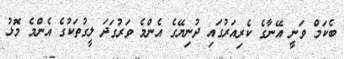
ބެކަމް ވަނީ އޭނާގެ ކެރިއަރުގައި ދުނިޔޭގެ އެންމެ ވަރުގަދަ ލީގުތަކުގެ އެންމެ މޮޅު